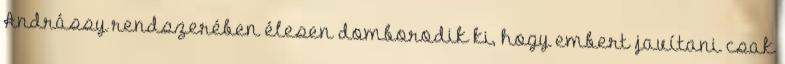
Andrássy rendszerében élesen domborodik ki, hogy embert javítani csak